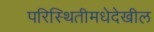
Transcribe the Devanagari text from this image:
परिस्थितीमधेदेखील